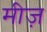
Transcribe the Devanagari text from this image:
मीज़